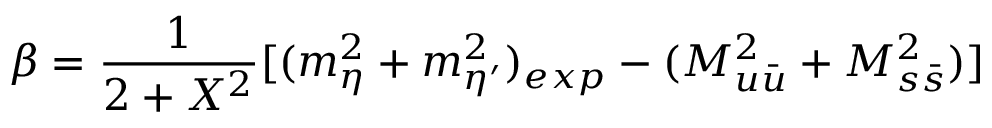
\beta = \frac { 1 } { 2 + X ^ { 2 } } [ ( m _ { \eta } ^ { 2 } + m _ { \eta ^ { \prime } } ^ { 2 } ) _ { e x p } - ( M _ { u \bar { u } } ^ { 2 } + M _ { s \bar { s } } ^ { 2 } ) ]